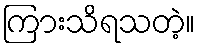
ကြားသိရသတဲ့။